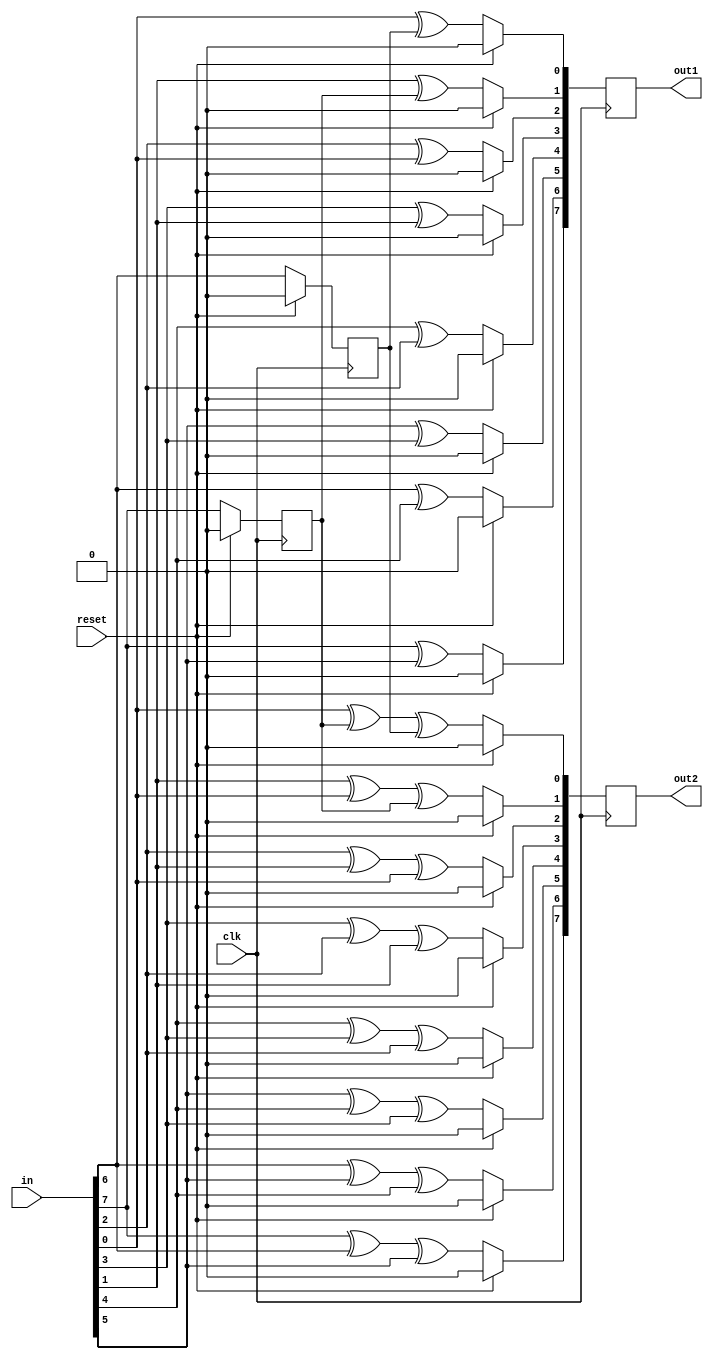
module rsc(out1,out2,in,clk,reset);
input [7:0]in;
output [7:0] out1;
output [7:0] out2;
input reset;
reg a,b;
reg prev;
input clk;
integer i;
wire [7:0]in;
reg [7:0] out1;
reg [7:0] out2;
initial 
begin
out1 = 0;
out2 = 0;
i=0;
end
always @ (posedge clk)
begin
if (reset == 1)
begin
a = 1'b0;
b = 1'b0;
out1 = 8'b00000000;
out2 = 8'b00000000;

end
else
begin
for (i = 0; i<8; i=i+1)
begin
prev = in[i];
out1[i] = prev ^ b;
out2[i] = prev ^ a ^ b;
b = a;
a = prev;
end 
end
end
endmodule 

module tb_rsc();
reg [7:0]p;
reg q;
reg r;
wire [7:0]s;
wire [7:0]t;
rsc r1(.out1(s),.out2(t),.in(p),.clk(q),.reset(r));
initial
begin
r = 1'b1;
q = 1'b0;
p = 8'b11010101;
#6 r = 1'b0;
end
always 
#5 q = ~q;
endmodule